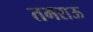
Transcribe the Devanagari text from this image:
तमराऊ